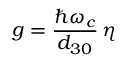
g = \frac { \hbar \omega _ { c } } { d _ { 3 0 } } \, \eta